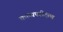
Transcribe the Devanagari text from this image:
काव्यपरीक्षण